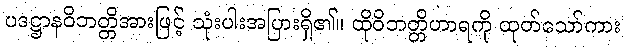
ပဒဋ္ဌာနဝိဘတ္တိအားဖြင့် သုံးပါးအပြားရှိ၏။ ထိုဝိဘတ္တိဟာရကို ထုတ်သော်ကား